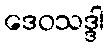
ဒေဝသဒ္ဒါ